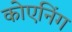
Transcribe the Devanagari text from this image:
कोएनिंग